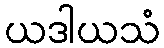
ယဒါယသံ